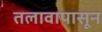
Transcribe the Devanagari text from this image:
तलावापासून